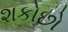
શકોછો